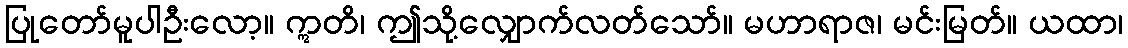
ပြုတော်မူပါဦးလော့။ ဣတိ၊ ဤသို့လျှောက်လတ်သော်။ မဟာရာဇ၊ မင်းမြတ်။ ယထာ၊